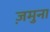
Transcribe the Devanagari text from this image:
ज़मुना